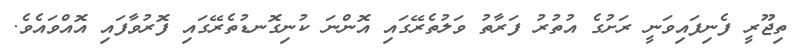
ތިޖޫރީ ފެނިފައިވަނީ ރަށުގެ އުތުރު ފަރާތު ވަލުތެރޭގައި އޮންނަ ކުނިގޮނޑުތެރޭގައި ފޮރުވާފައި އޮއްވައެވެ.